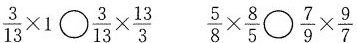
$$\frac{3}{13}\times 1 \bigcirc \frac{3}{13}\times \frac{13}{3}$$ $$\frac{5}{8}\times \frac{8}{5}\bigcirc \frac{7}{9}\times \frac{9}{7}$$